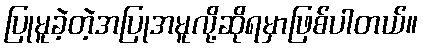
ပြုမူခဲ့တဲ့အပြုအမူလို့ဆိုရမှာဖြစ်ပါတယ်။